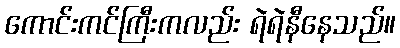
ကောင်းကင်ကြီးကလည်း ရဲရဲနီနေသည်။